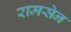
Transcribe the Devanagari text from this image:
रामसेन